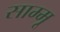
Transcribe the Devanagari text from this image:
साम्मू